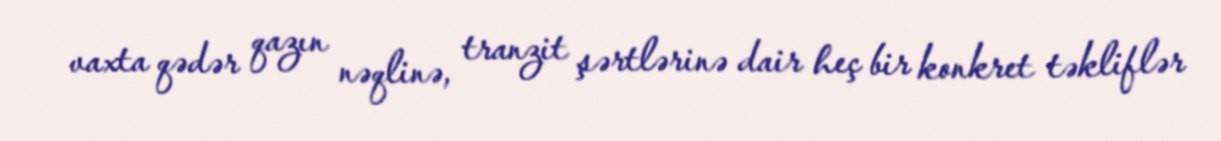
vaxta qədər qazın nəqlinə, tranzit şərtlərinə dair heç bir konkret təkliflər